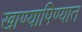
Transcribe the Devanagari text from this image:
खाण्यापिण्यात